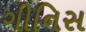
ગીનિસ